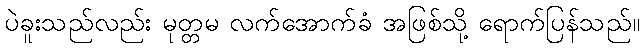
ပဲခူးသည်လည်း မုတ္တမ လက်အောက်ခံ အဖြစ်သို့ ရောက်ပြန်သည်။